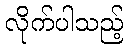
လိုက်ပါသည့်